Civil Veterinary Dept. Bombay admin report 1923-31 - 1923-1931
Year: 1923
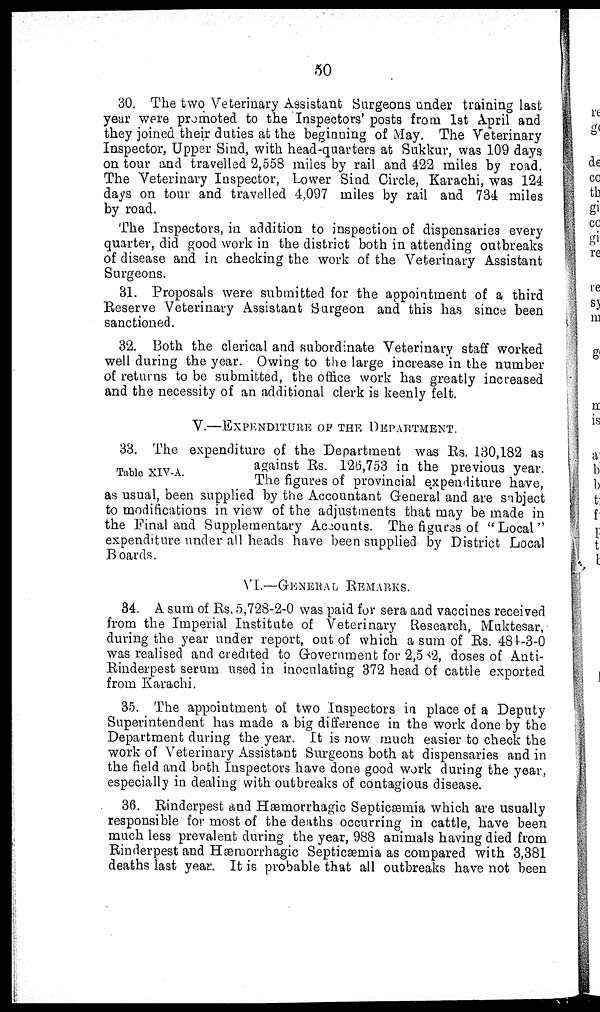
50
30. The two Veterinary Assistant Surgeons under training last
year were promoted to the Inspectors' posts from 1st April and
they joined their duties at the beginning of May. The Veterinary
Inspector, Upper Sind, with head-quarters at Sukkur, was 109 days
on tour and travelled 2,558 miles by rail and 422 miles by road.
The Veterinary Inspector, Lower Sind Circle, Karachi, was 124
days on tour and travelled 4,097 miles by rail and 734 miles
by road.
The Inspectors, in addition to inspection of dispensaries every
quarter, did good work in the district both in attending outbreaks
of disease and in checking the work of the Veterinary Assistant
Surgeons.
31. Proposals were submitted for the appointment of a third
Reserve Veterinary Assistant Surgeon and this has since been
sanctioned.
32. Both the clerical and subordinate Veterinary staff worked
well during the year. Owing to the large increase in the number
of returns to be submitted, the office work has greatly increased
and the necessity of an additional clerk is keenly felt.
V.—EXPENDITURE OF THE DEPARTMENT.
Table XIV-A.
33. The expenditure of the Department was Rs. 130,182 as
against Rs. 126,753 in the previous year.
The figures of provincial expenditure have,
as usual, been supplied by the Accountant General and are subject
to modifications in view of the adjustments that may be made in
the Final and Supplementary Accounts. The figures of "Local"
expenditure under all heads have been supplied by District Local
Boards.
VI.—GENERAL REMARKS.
34. A sum of Rs. 5,728-2-0 was paid for sera and vaccines received
from the Imperial Institute of Veterinary Research, Muktesar,
during the year under report, out of which a sum of Rs. 484-3-0
was realised and credited to Government for 2,582, doses of Anti-
Rinderpest serum used in inoculating 372 head of cattle exported
from Karachi.
35. The appointment of two Inspectors in place of a Deputy
Superintendent has made a big difference in the work done by the
Department during the year. It is now much easier to check the
work of Veterinary Assistant Surgeons both at dispensaries and in
the field and both Inspectors have done good work during the year,
especially in dealing with outbreaks of contagious disease.
36. Rinderpest and Hæmorrhagic Septicæmia which are usually
responsible for most of the deaths occurring in cattle, have been
much less prevalent during the year, 988 animals having died from
Rinderpest and Hæmorrhagic Septicæmia as compared with 3,381
deaths last year. It is probable that all outbreaks have not been